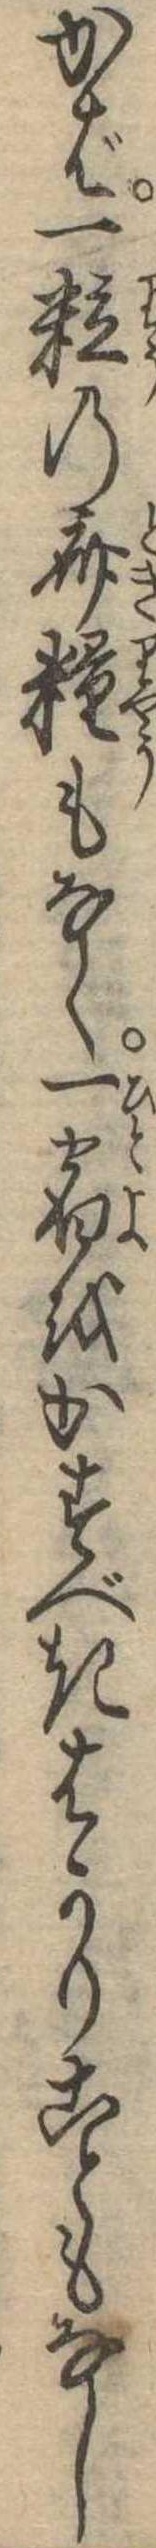
かば一粒の斎糧もなく一宿をかすべきはかりこともなし